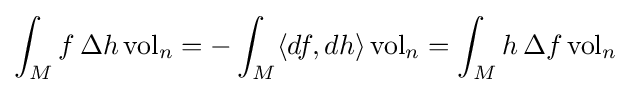
\int _{M}f\,\Delta h\operatorname {vol} _{n}=-\int _{M}\langle df,dh\rangle \operatorname {vol} _{n}=\int _{M}h\,\Delta f\operatorname {vol} _{n}